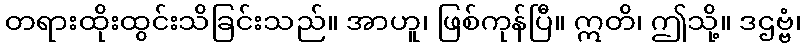
တရားထိုးထွင်းသိခြင်းသည်။ အာဟူ၊ ဖြစ်ကုန်ပြီ။ ဣတိ၊ ဤသို့။ ဒဌဗ္ဗံ၊